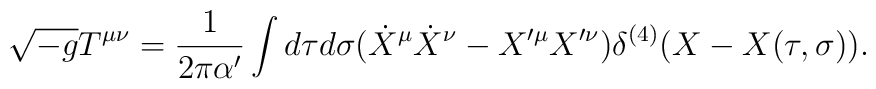
\sqrt{-g}T^{\mu\nu}=\frac{1}{2\pi\alpha'}\int d\tau d\sigma(\dot{X}^\mu\dot{X}^\nu-X'^\mu X'^\nu)\delta^{(4)}(X-X(\tau,\sigma)).